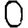
Digit: 0